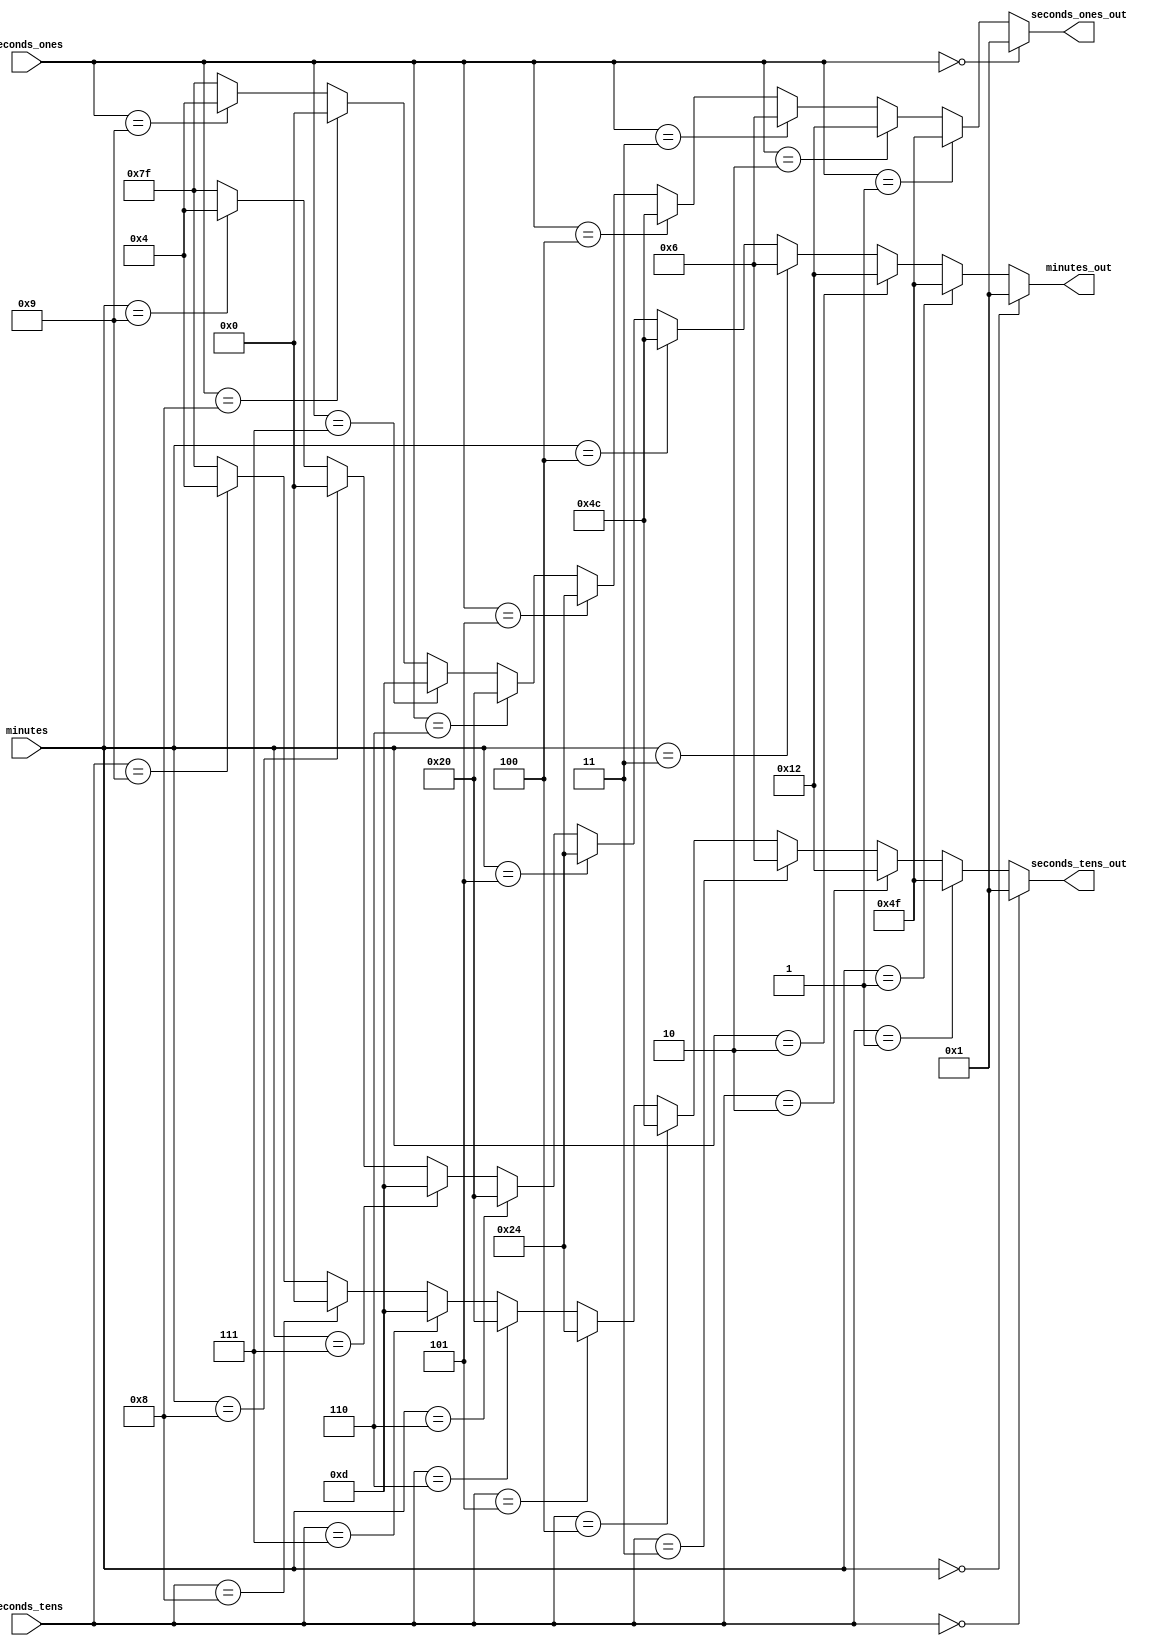
module seg7_driver(
    input wire [3:0] seconds_ones,
    input wire [3:0] seconds_tens,
    input wire [3:0] minutes,

    output wire [6:0] seconds_ones_out,
    output wire [6:0] seconds_tens_out,
    output wire [6:0] minutes_out
);

assign seconds_ones_out = (seconds_ones == 4'b0000)? 7'b0000001:  // Ativo em nvel BAIXO
                          (seconds_ones == 4'b0001)? 7'b1001111:
                          (seconds_ones == 4'b0010)? 7'b0010010: 
                          (seconds_ones == 4'b0011)? 7'b0000110:
                          (seconds_ones == 4'b0100)? 7'b1001100:
                          (seconds_ones == 4'b0101)? 7'b0100100:
                          (seconds_ones == 4'b0110)? 7'b0100000:
                          (seconds_ones == 4'b0111)? 7'b0001101:
                          (seconds_ones == 4'b1000)? 7'b0000000:
                          (seconds_ones == 4'b1001)? 7'b0000100:
                          8'b1111111;

assign seconds_tens_out = (seconds_tens == 4'b0000)? 7'b0000001:  // Ativo em nvel BAIXO
                          (seconds_tens == 4'b0001)? 7'b1001111:
                          (seconds_tens == 4'b0010)? 7'b0010010: 
                          (seconds_tens == 4'b0011)? 7'b0000110:
                          (seconds_tens == 4'b0100)? 7'b1001100:
                          (seconds_tens == 4'b0101)? 7'b0100100:
                          (seconds_tens == 4'b0110)? 7'b0100000:
                          (seconds_tens == 4'b0111)? 7'b0001101:
                          (seconds_tens == 4'b1000)? 7'b0000000:
                          (seconds_tens == 4'b1001)? 7'b0000100:
                          8'b1111111;

assign minutes_out =      (minutes == 4'b0000)? 7'b0000001:  // Ativo em nvel BAIXO
                          (minutes == 4'b0001)? 7'b1001111:
                          (minutes == 4'b0010)? 7'b0010010: 
                          (minutes == 4'b0011)? 7'b0000110:
                          (minutes == 4'b0100)? 7'b1001100:
                          (minutes == 4'b0101)? 7'b0100100:
                          (minutes == 4'b0110)? 7'b0100000:
                          (minutes == 4'b0111)? 7'b0001101:
                          (minutes == 4'b1000)? 7'b0000000:
                          (minutes == 4'b1001)? 7'b0000100:
                          8'b1111111;

endmodule